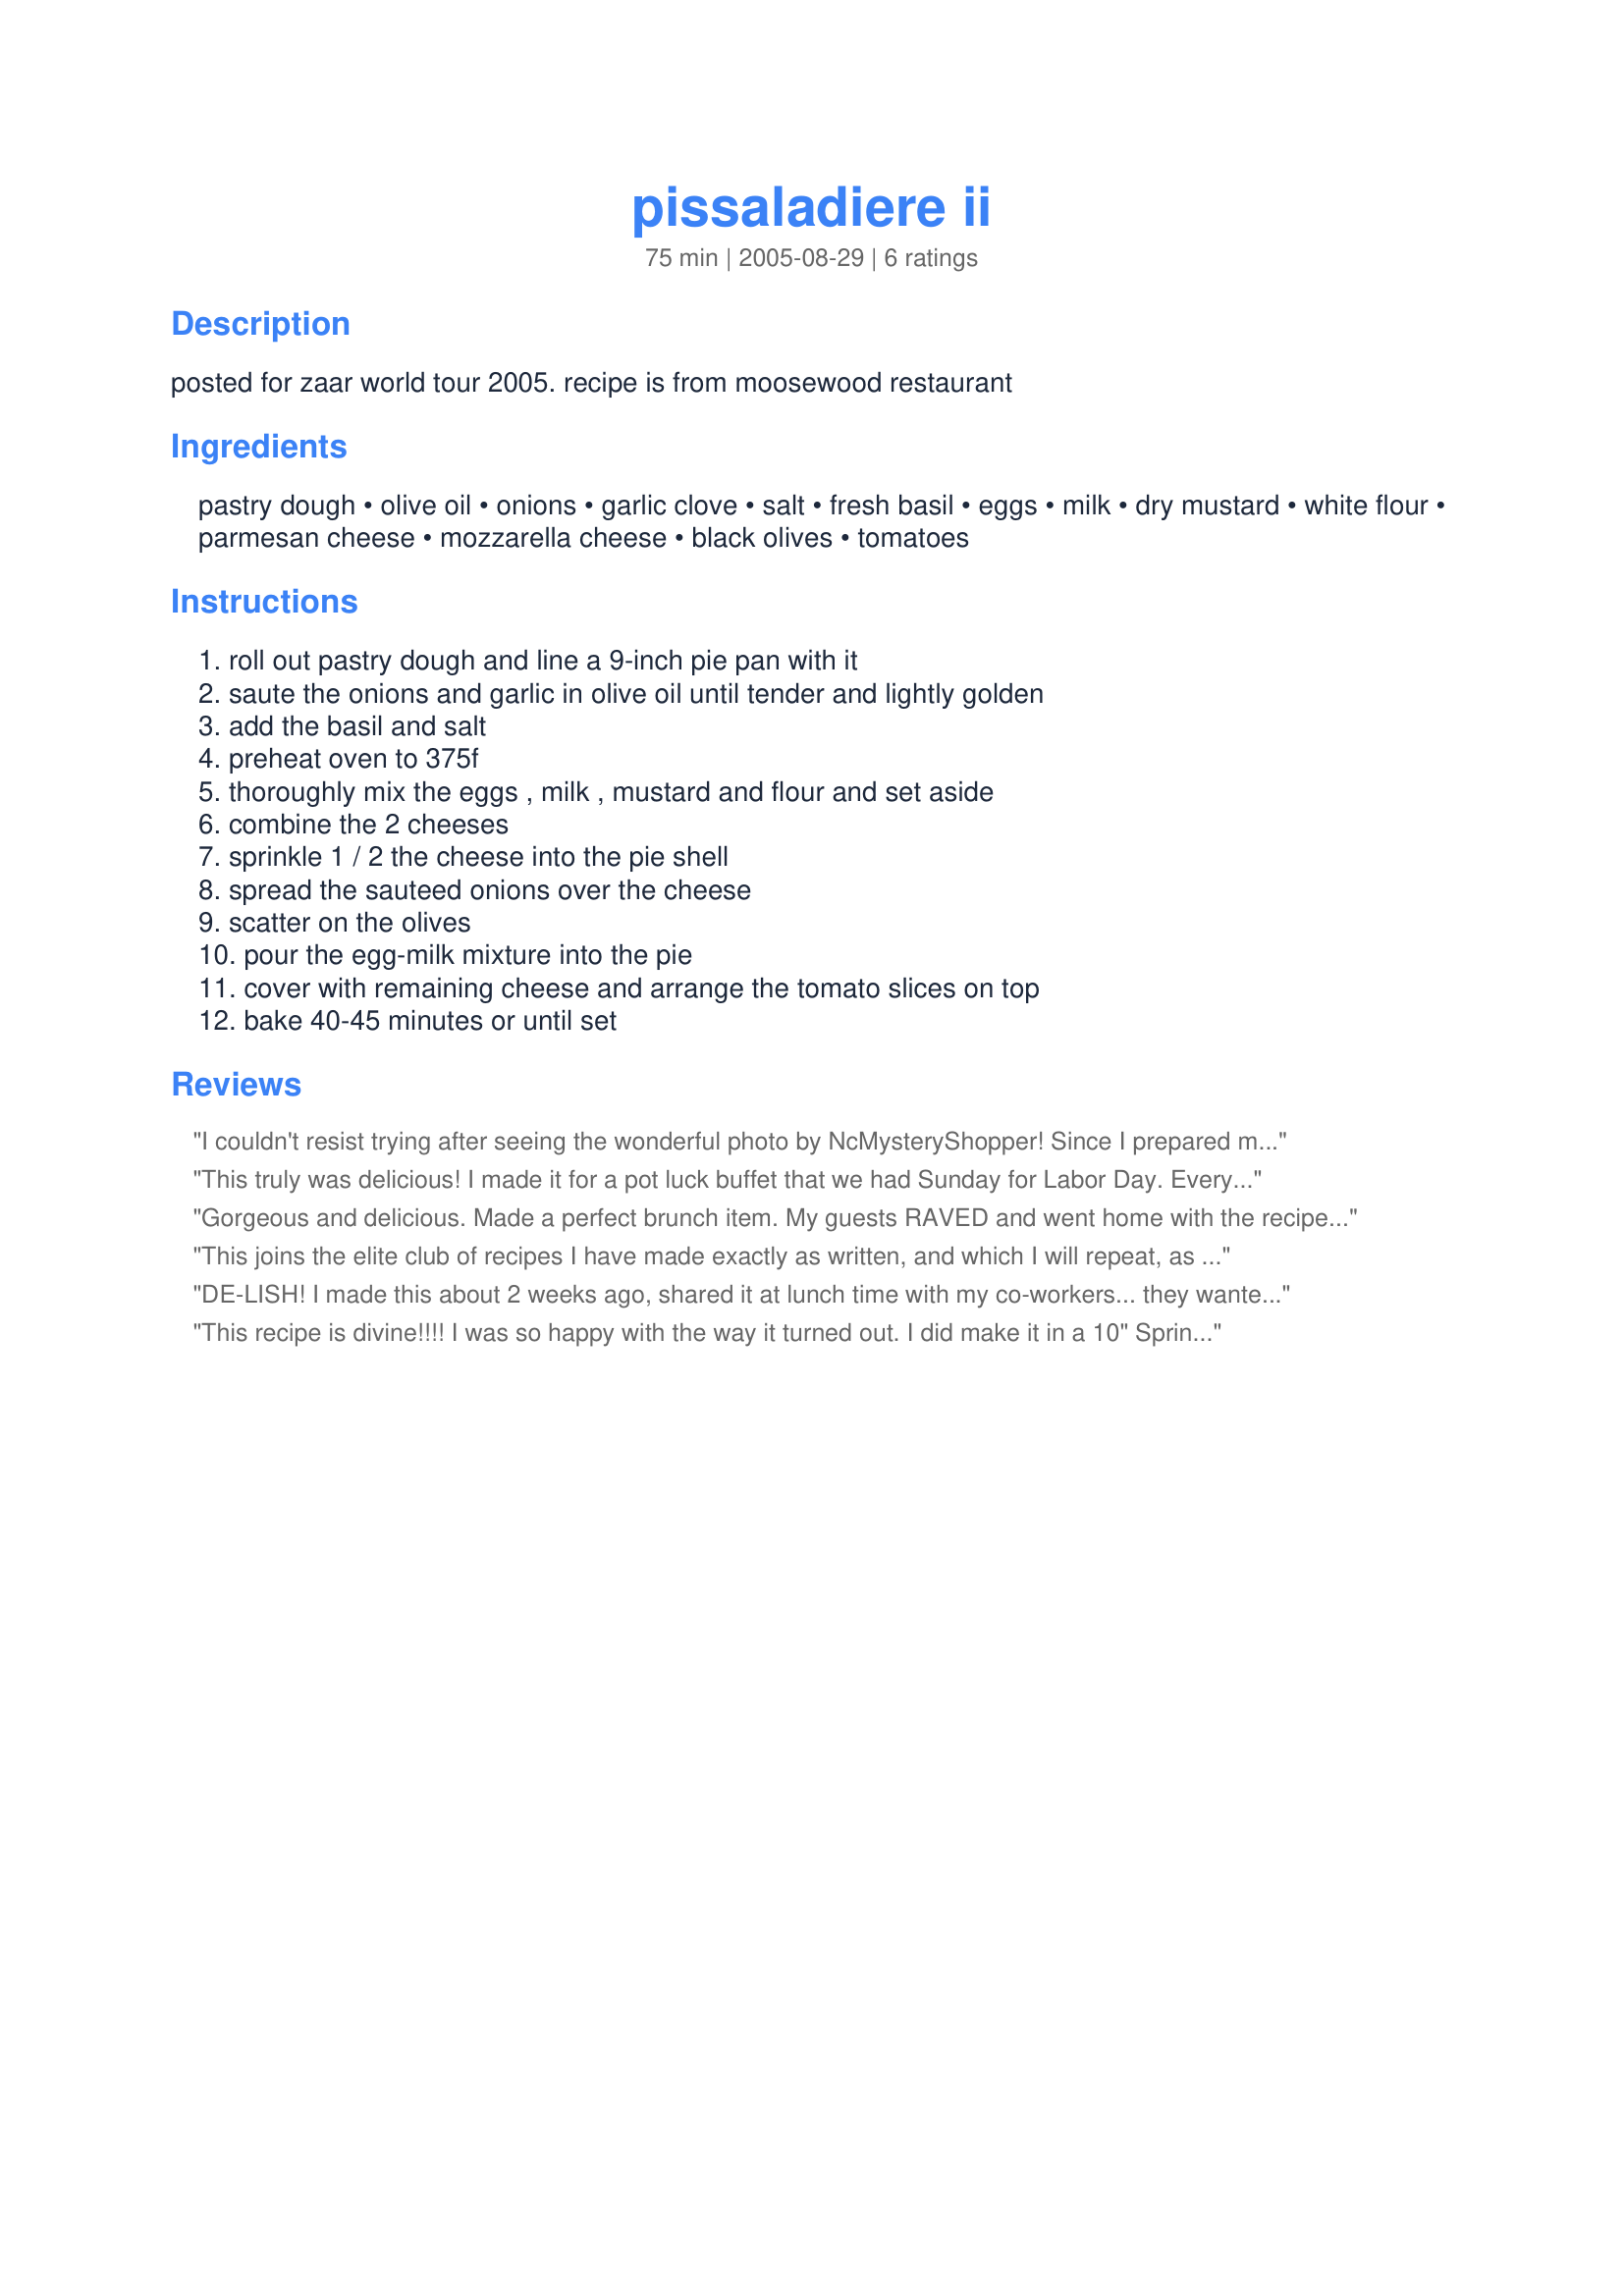
pissaladiere ii
Preparation time: 75 minutes

posted for zaar world tour 2005. recipe is from moosewood restaurant

Ingredients:
pastry dough, olive oil, onions, garlic clove, salt, fresh basil, eggs, milk, dry mustard, white flour, parmesan cheese, mozzarella cheese, black olives, tomatoes

Steps:
roll out pastry dough and line a 9-inch pie pan with it, saute the onions and garlic in olive oil until tender and lightly golden, add the basil and salt, preheat oven to 375f, thoroughly mix the eggs , milk , mustard and flour and set aside, combine the 2 cheeses, sprinkle 1 / 2 the cheese into the pie shell, spread the sauteed onions over the cheese, scatter on the olives, pour the egg-milk mixture into the pie, cover with remaining cheese and arrange the tomato slices on top, bake 40-45 minutes or until set

Reviews:
I couldn't resist trying after seeing the wonderful photo by NcMysteryShopper! Since I prepared my crust a few days earlier (in freezer) this took just a few min. to prepare! It tasted like a pizza with a French "flair" to it. My husband especially enjoyed the presentation of it (it looks like you spent a lot of time on it!). It reheated nicely the next day for lunch. Thanks Ms. Bindy for making me look good!

Roxygirl
This truly was delicious! I made it for a pot luck buffet that we had Sunday for Labor Day. Everyone loved it and several asked for the recipe. Thank you for posting it.
Gorgeous and delicious. Made a perfect brunch item. My guests RAVED and went home with the recipe! Thanks Bunny Mom!
This joins the elite club of recipes I have made exactly as written, and which I will repeat, as written. This worked brilliantly and looked great; it reheated well the next day too. Two new things for me here, grating mozzarella (kinda' squishy, but works) and mixing mozzarella and parmesan.
DE-LISH! I made this about 2 weeks ago, shared it at lunch time with my co-workers... they wanted the recipe. 
I made it again last night... and I used a cake pan instead because the first time the liquid was over flowing.
THANK YOU MUCHO!
This recipe is divine!!!! I was so happy with the way it turned out. I did make it in a 10" Springform pan which gave it more of a tart look. I added extra garlic, but the recipe really did not need the additional garlic. Wonderful taste and texture. I thought it would taste like a quiche....but it really doesn't. Wonderful recipe!!! Thank you for sharing!!!
